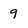
Character: 9